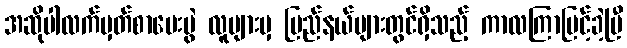
အဆိုပါလက်မှတ်စာမေးပွဲ လူများမှ ပြည်နယ်များတွင်ရှိသည့် ကာလကြာမြင့်ခဲ့ပြီ